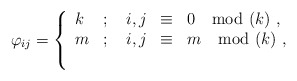
\begin{align*}\varphi_{ij}=\left\{\begin{array}{lllll}k & ; & \;i,j & \equiv & 0 \mod(k)~, \\ m & ; & \;i,j & \equiv & m \mod(k)~, \\ & & & & \end{array}\right. \end{align*}